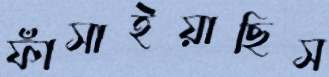
ফাঁসাইয়াছিস